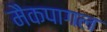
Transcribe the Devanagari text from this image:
मैकपागल